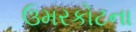
ઉમરકોટના